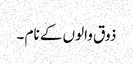
ذوق والوں کے نام ۔